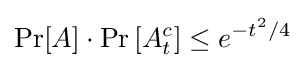
\Pr[A]\cdot \Pr \left[{A_{t}^{c}}\right]\leq e^{-t^{2}/4}